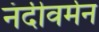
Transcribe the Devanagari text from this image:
नंदीवर्मन